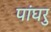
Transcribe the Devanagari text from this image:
पांघरु